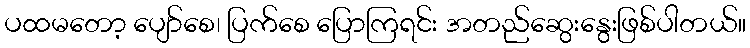
ပထမတော့ ပျော်စေ၊ ပြက်စေ ပြောကြရင်း အတည်ဆွေးနွေးဖြစ်ပါတယ်။